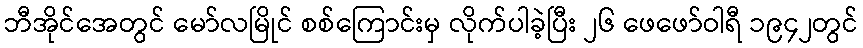
ဘီအိုင်အေတွင် မော်လမြိုင် စစ်ကြောင်းမှ လိုက်ပါခဲ့ပြီး ၂၆ ဖေဖော်ဝါရီ ၁၉၄၂တွင်